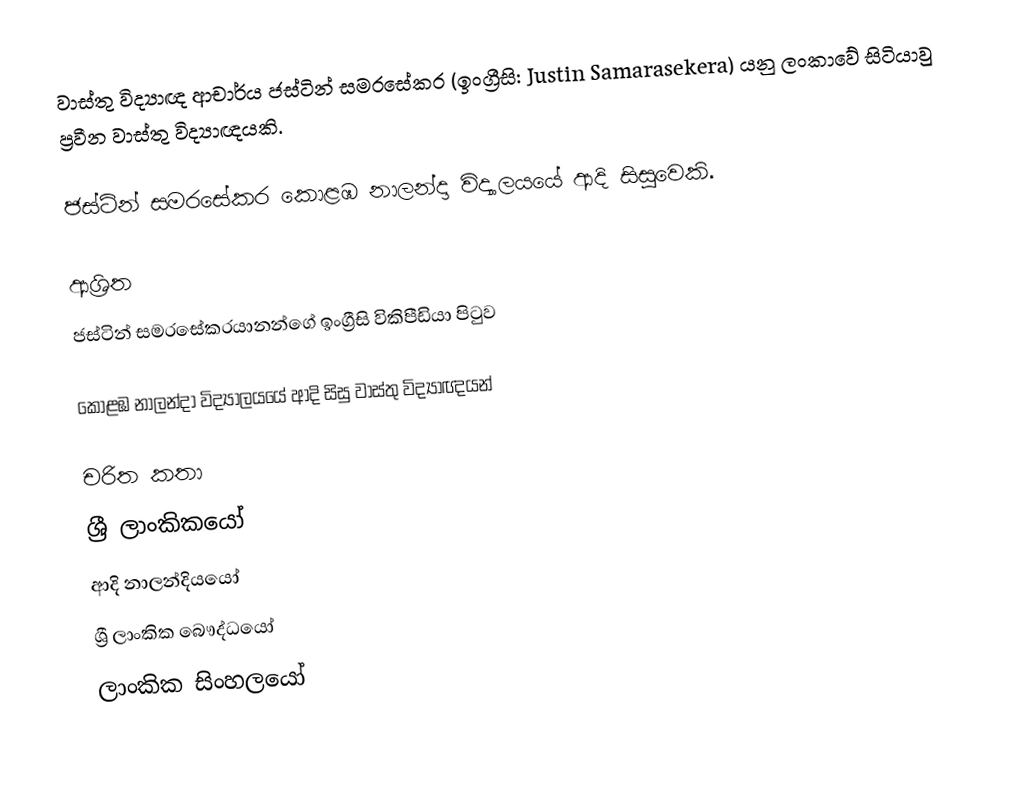
වාස්තු විද්‍යාඥ ආචාර්ය ජස්ටින් සමරසේකර  (ඉංග්‍රීසි: Justin Samarasekera) යනු ලංකාවේ සිටියාවු ප්‍රවීන වාස්තු විද්‍යාඥයකි.

ජස්ටින් සමරසේකර කොළඹ නාලන්දා විද්‍යාලයයේ ආදි සිසුවෙකි.

ආශ්‍රිත
 ජස්ටින් සමරසේකරයානන්ගේ ඉංග්‍රීසි විකිපීඩියා පිටුව

 කොළඹ නාලන්දා විද්‍යාලයයේ ආදි සිසු වාස්තු විද්‍යාඥයන්

චරිත කතා
ශ්‍රී ලාංකිකයෝ
ආදි නාලන්දියයෝ
ශ්‍රී ලාංකික බෞද්ධයෝ
ලාංකික සිංහලයෝ